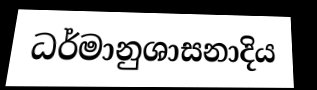
ධර්මානුශාසනාදිය